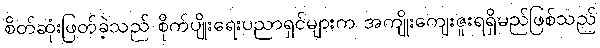
စိတ်ဆုံးဖြတ်ခဲ့သည် စိုက်ပျိုးရေးပညာရှင်များက အကျိုးကျေးဇူးရရှိမည်ဖြစ်သည်